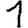
Digit: 1